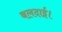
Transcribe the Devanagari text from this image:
बलदाई।